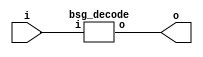


module top
(
  i,
  o
);

  input [4:0] i;
  output [31:0] o;

  bsg_decode
  wrapper
  (
    .i(i),
    .o(o)
  );


endmodule



module bsg_decode
(
  i,
  o
);

  input [4:0] i;
  output [31:0] o;
  wire [31:0] o;
  assign o = { 1'b0, 1'b0, 1'b0, 1'b0, 1'b0, 1'b0, 1'b0, 1'b0, 1'b0, 1'b0, 1'b0, 1'b0, 1'b0, 1'b0, 1'b0, 1'b0, 1'b0, 1'b0, 1'b0, 1'b0, 1'b0, 1'b0, 1'b0, 1'b0, 1'b0, 1'b0, 1'b0, 1'b0, 1'b0, 1'b0, 1'b0, 1'b1 } << i;

endmodule